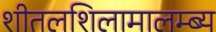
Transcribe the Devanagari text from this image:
शीतलशिलामालम्ब्य